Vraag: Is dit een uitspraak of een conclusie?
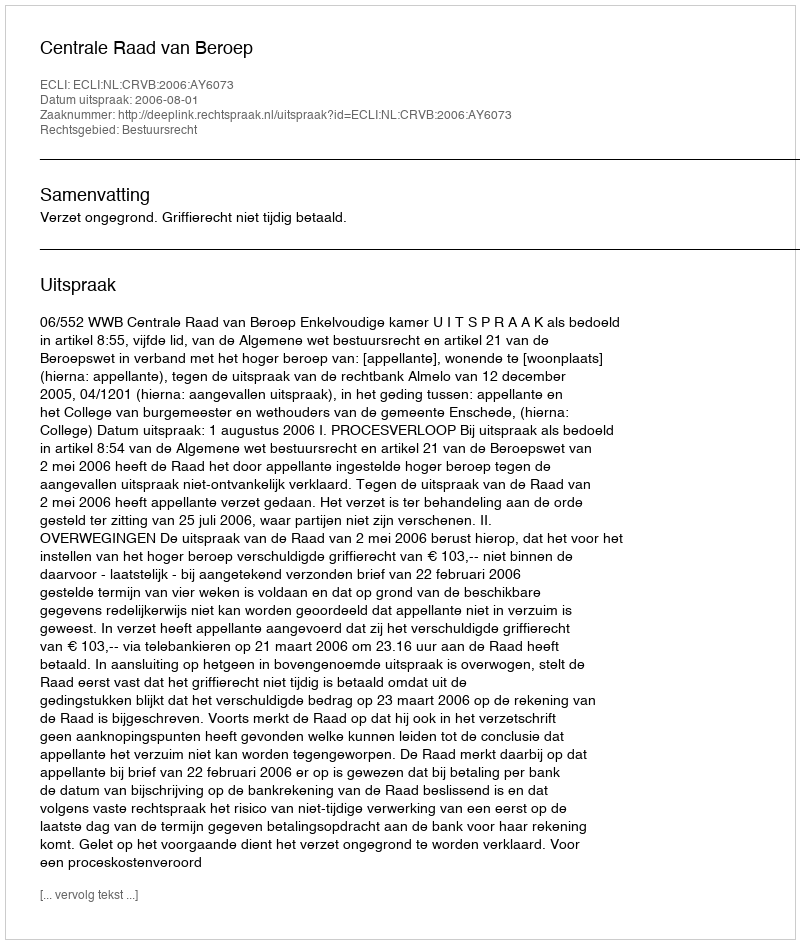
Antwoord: Uitspraak